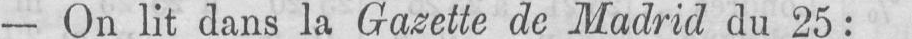
- On lit dans la Gazette de Madrid du 25: